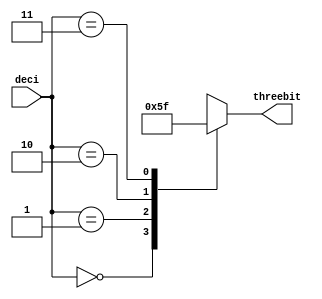
/*
   This file was generated automatically by Alchitry Labs version 1.2.1.
   Do not edit this file directly. Instead edit the original Lucid source.
   This is a temporary file and any changes made to it will be destroyed.
*/

module bin_to_led_2 (
    input [1:0] deci,
    output reg [2:0] threebit
  );
  
  
  
  always @* begin
    
    case (deci)
      1'h0: begin
        threebit = 3'h0;
      end
      1'h1: begin
        threebit = 3'h1;
      end
      2'h2: begin
        threebit = 3'h3;
      end
      2'h3: begin
        threebit = 3'h7;
      end
      default: begin
        threebit = 3'h0;
      end
    endcase
  end
endmodule